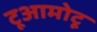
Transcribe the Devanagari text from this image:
टूआमोटू